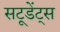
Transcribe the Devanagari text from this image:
सटूडेंट्स